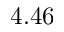
4 . 4 6